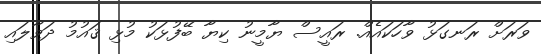
ވަރަށް ރަނގަޅު ވާހަކައެއް. ރައީސް ޔާމީނު ކިޔާ ބޭފުޅަކު މުޅި ޤައުމު ދަވާލައި